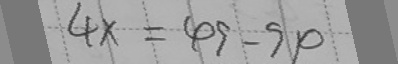
4 x = 4 9 - 9 4